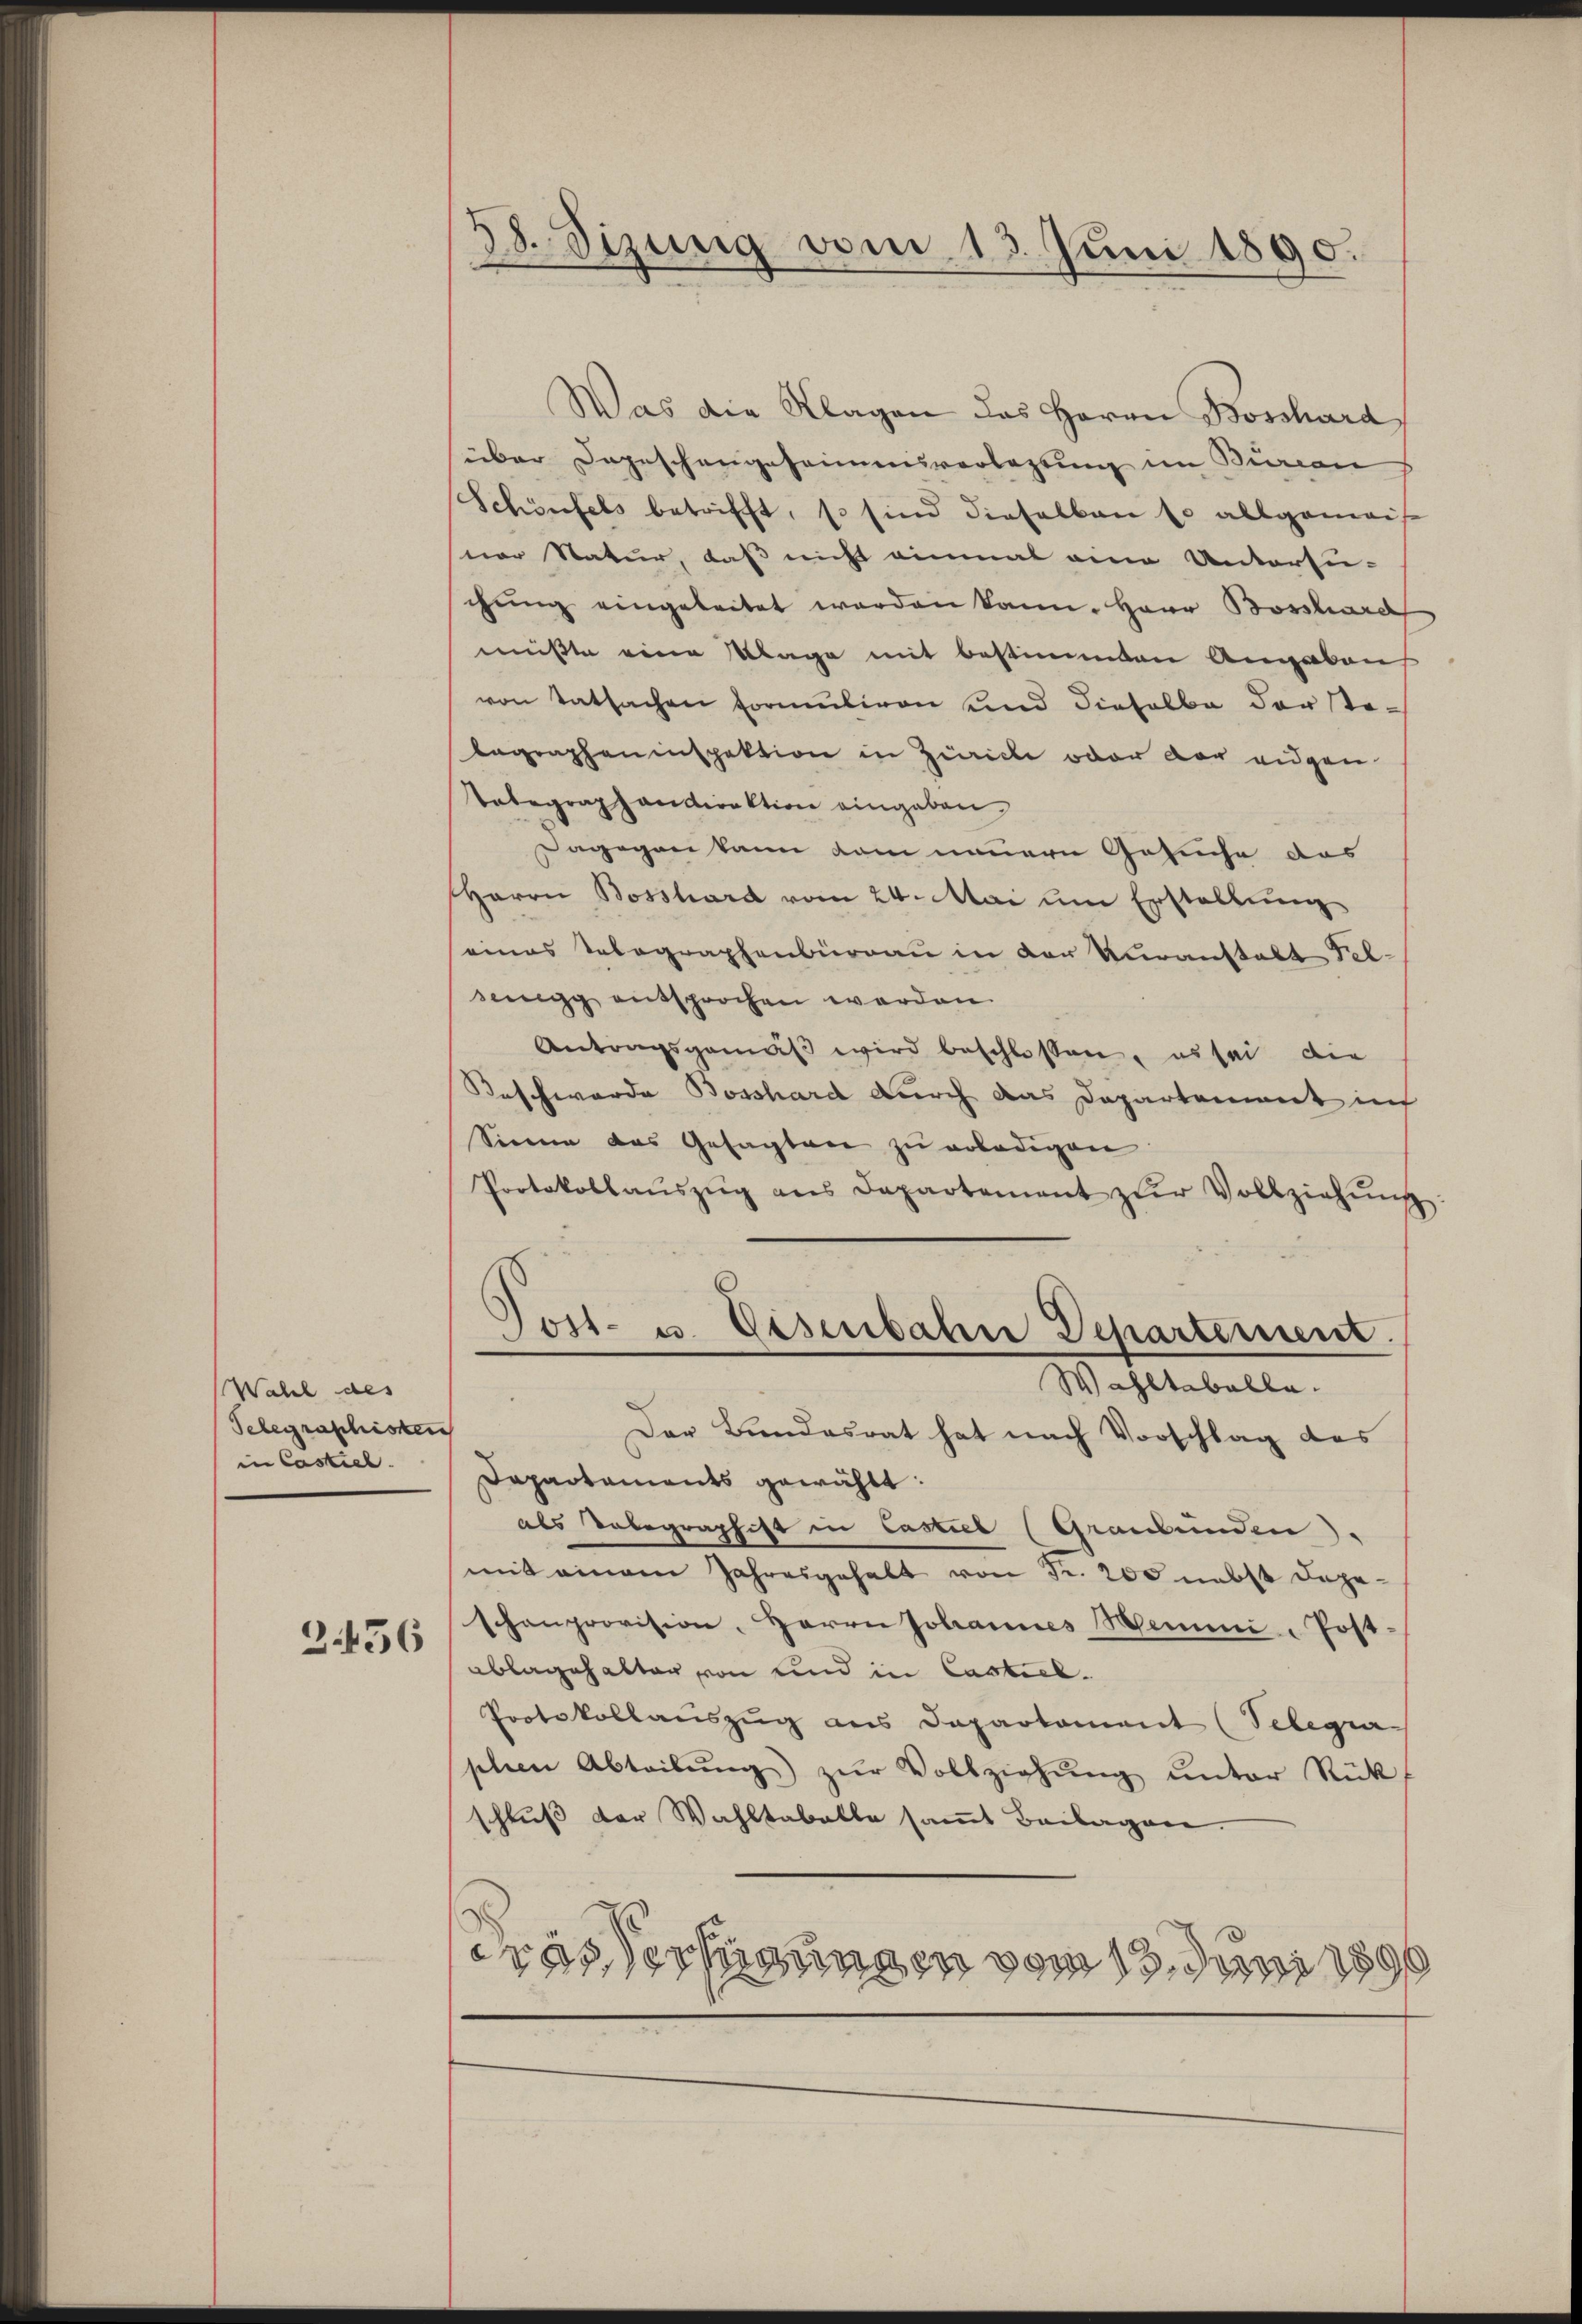
Wahl des
Telegraphisken
in Castiel.

3456

38. Sizung vom 13. Juni 1890.

Was die Klagen des Herrn Boschard,
über Depeschengeheimensverlegung im Bureau
Schönfels betrifft, so sind dieselben so allgemeis
ner Natur, daß nicht einmal eine Untersu-
chŭng eingeleitet werden kann. Herr Bossard
mußte eine Klage mit bestimmten Angaben
von Tatsachen Formuliren und dieselbe der ste-
lagrapheninspektion in Zürich oder der eidgen.
Telegraphandirektion eingeben
Dagegen kann kam neuern Gesuche das
Herrn Bosshard vom 24. Mai um Erstellung
seines Telegraphenburgau in der Veranstalt Felsegg entsprochen werden.
Antragsgemäβ wird beschlossen, es sei die
Beschwerde Bosshard durch das Departement in
Sinnen das Gesagten zu erledigen
Protokollaŭszŭg ans Departement zŭr Vollziehŭng
)
Post- u. Eisenbahrer Departement
Wahltaballe.
Der Bundesrat hat nach Vorschlag des
Dapartaments gewählt:
als Telegraphist in Castiel (Graubünden)
mit einem Jahresgehalt von Fr. 200 nebst dageschenprovision, Herrn Johannes Semmi Post
ablagehalter von und in Castiel¬
Protokollauszug aus Departament (Telegra
phen Abteilŭng zŭr Vollziehŭng ŭnter Rück
schluß der Wahltabelle samt Beilagen.
Trasserfügungen vom 13. Juni 1890